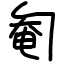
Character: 匎